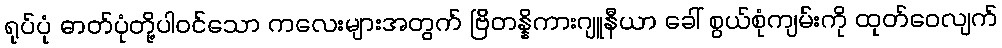
ရုပ်ပုံ ဓာတ်ပုံတို့ပါဝင်သော ကလေးများအတွက် ဗြိတန္နိကားဂျူနီယာ ခေါ် စွယ်စုံကျမ်းကို ထုတ်ဝေလျက်